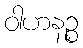
ဝါဟနဉ္စ